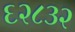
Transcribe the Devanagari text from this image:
६२८३२